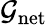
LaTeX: \mathcal{G}_{\mathrm{{net}}}